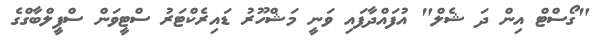
"ގޯސްޓް އިން ދަ ޝެލް" އުފައްދާފައި ވަނީ މަޝްހޫރު ޑައިރެކްޓަރު ސްޓީވަން ސްޕީލްބާގްގެ